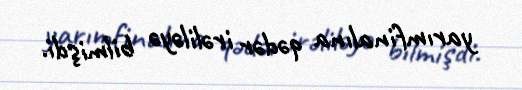
yarımfinalına qədər irəliləyə bilmişdi.